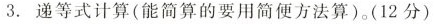
3.递等式计算(能简算的要用简便方法算)(12分)